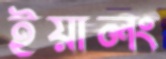
ইয়ালং